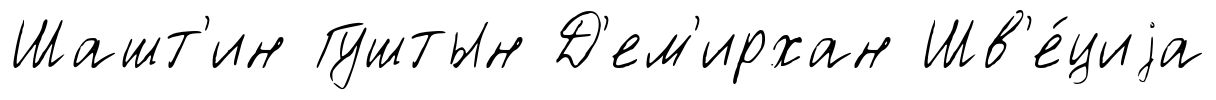
Шашт'ин Гуштын Д'ем'ирхан Шв'е́циjа